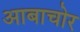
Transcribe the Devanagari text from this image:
आबाचोर